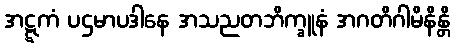
အဋ္ဋကံ ပဌမာပဒါနေ အသညတဘိက္ခူနံ အဂတိဂါမိနိန္တိ